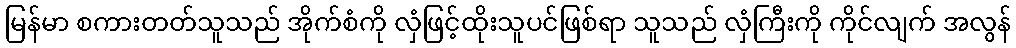
မြန်မာ စကားတတ်သူသည် အိုက်စံကို လှံဖြင့်ထိုးသူပင်ဖြစ်ရာ သူသည် လှံကြီးကို ကိုင်လျက် အလွန်